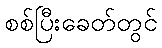
စစ်ပြီးခေတ်တွင်